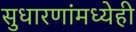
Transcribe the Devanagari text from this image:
सुधारणांमध्येही